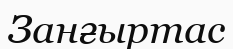
Занғыртас